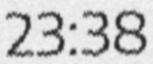
23:38